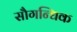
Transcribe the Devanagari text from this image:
सौगन्धिक